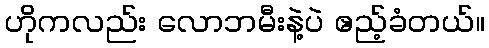
ဟိုကလည်း လောဘမီးနဲ့ပဲ ဧည့်ခံတယ်။